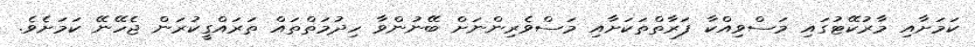
ކަމަށާއި މާރުކޭޓުގައި މަސްވިއްކާ ފަރާތްތަކަށާއި މަސްވެރިންނަށް ބޭނުންވާ ހިދުމަތްތައް ތަރައްގީކުރަން ޖެހޭނޭ ކަމަށެވެ.